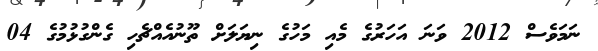
ނަމަވެސް 2012 ވަނަ އަހަރުގެ މެއި މަހުގެ ނިޔަލަށް ތޫނުއެއްޗެހި ގެންގުޅުމުގެ 04